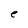
Character: e